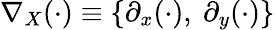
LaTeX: \nabla_{X}(\cdot)\equiv\{ \partial_{x}(\cdot),~\partial_{y}(\cdot)\}